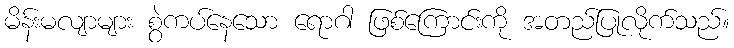
မိန်းမလျာများ စွဲကပ်နေသော ရောဂါ ဖြစ်ကြောင်းကို အတည်ပြုလိုက်သည်။